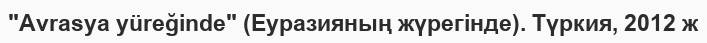
"Avrasya yüreğinde" (Еуразияның жүрегінде). Түркия, 2012 ж